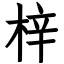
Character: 梓